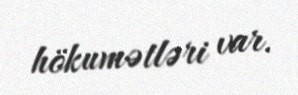
hökumətləri var.